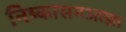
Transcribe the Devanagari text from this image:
निष्कासनआज्ञा